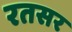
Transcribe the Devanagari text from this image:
रतसर